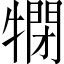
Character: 𤛞